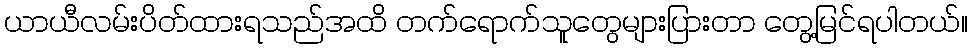
ယာယီလမ်းပိတ်ထားရသည်အထိ တက်ရောက်သူတွေများပြားတာ တွေ့မြင်ရပါတယ်။